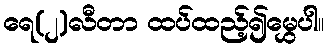
ရေ(၂)လီတာ ထပ်ထည့်၍မွှေပါ။